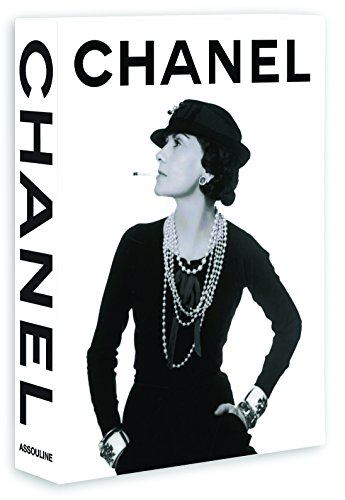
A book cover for Chanel: Fashion/ Fine Jewellery/ Perfume (Set of 3 Books); Francois Baudot; Arts & Photography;